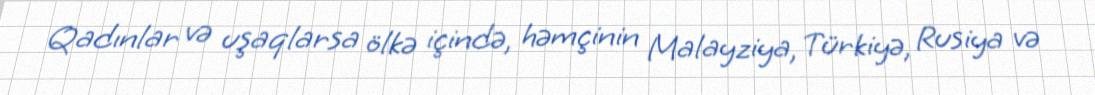
Qadınlar və uşaqlarsa ölkə içində, həmçinin Malayziya, Türkiyə, Rusiya və